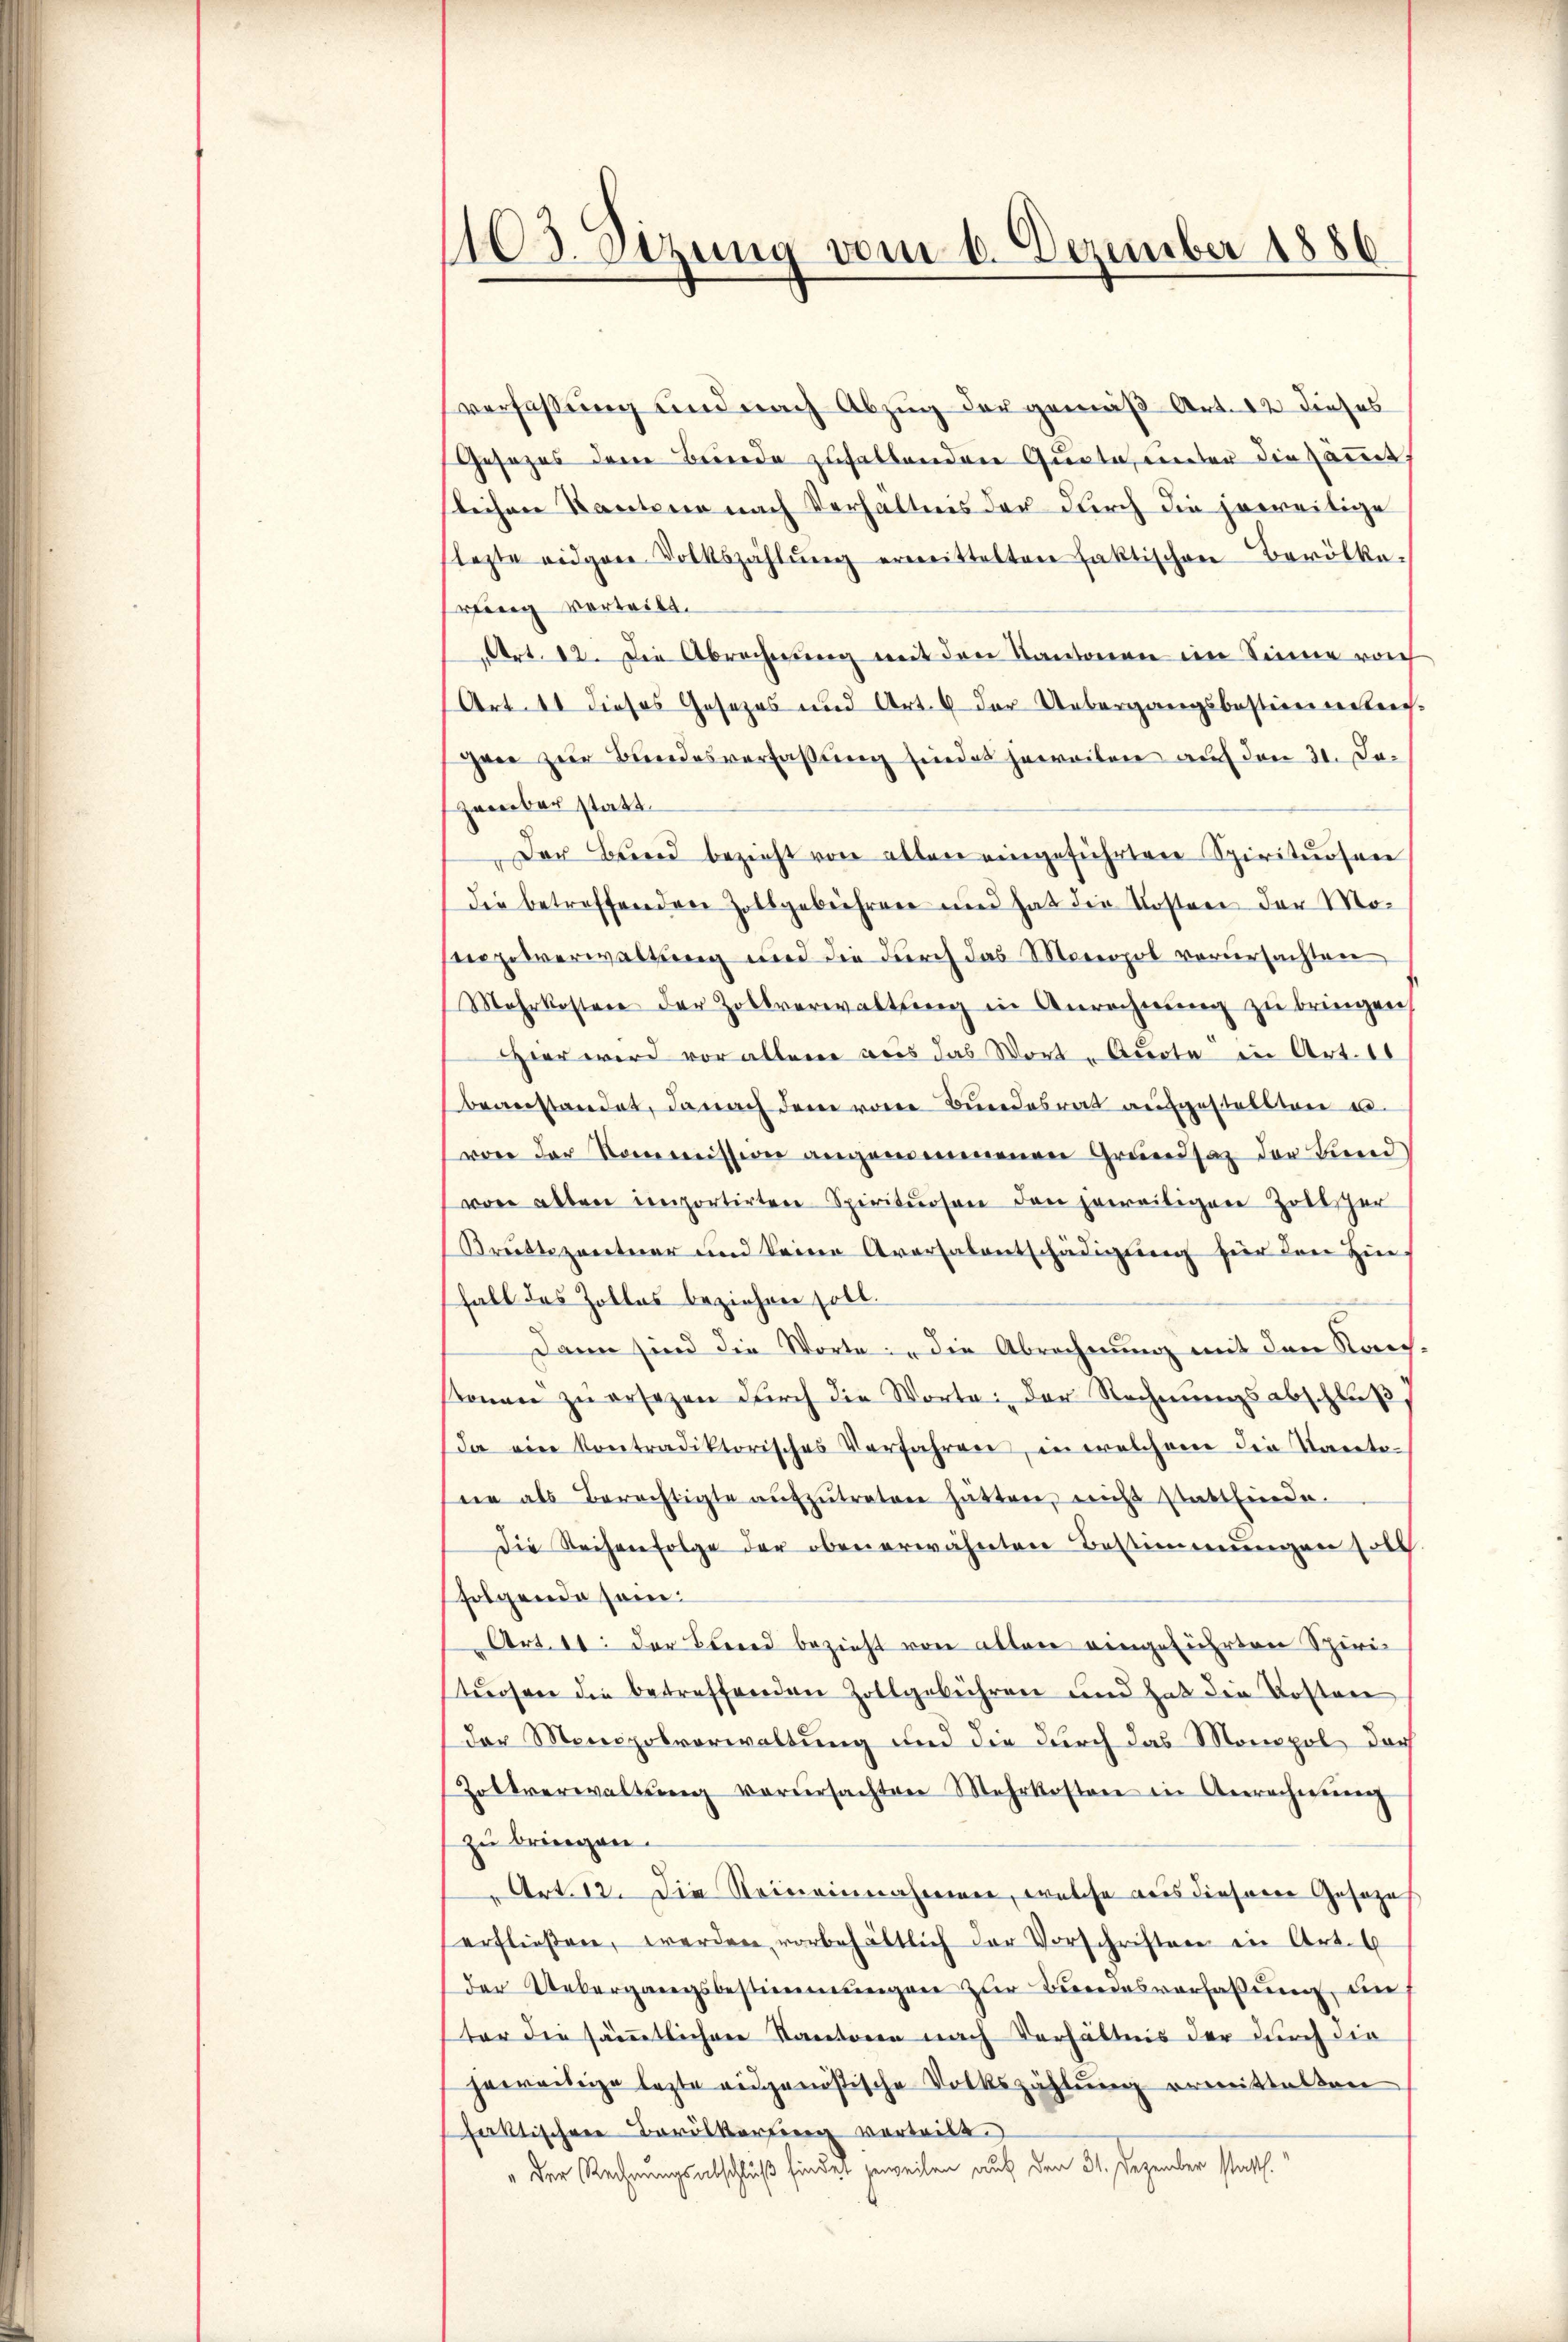
103. Sizung vom 1. Dezember 1886

verfaßung und nach Abzug der gemäß Art. 12 dieses
Gesezes dem Bruede zufallenden Quote, unter die sämmt,
slichen Kantonen nach Verhältnis der durch die jeweitige
lezte eidgen Volkszählŭng ermittelten faktischen Bevölkeweg vorteilt.
Art. 12. Die Abrechnung mit den Kantonen im Sinne roch
(Art. 11 dieses Gesezes und Art. 6 der Uebergangsbestionensteig
Heer zur Bundesverfassung sindet jeweilen auf den 31. Dezeerber statt.
Der Bund bezieht von alten eingeführten Spirituosen
die betreffenden Zollgebührere und hat die Kosten der Mosezesverwaltung und die durch das Monopol verursachten
Mehrkosten der Zollverwaltŭng in Anrechnŭng zu bringen
Hier wird vor allene aus das Worte Quote in Art. 11
beanstandet, danach dem von Bundesrat aufgestellten e
von der Kommission angenommenen Grundsaz der Bund
von alten importirten Spirituosen den jeweiligen Zollscher
Brüttezantier und keine Aversalentschädigŭng hier den Hin
fall des Zollos beziehen soll.
Dann sind die Worte: „die Abrechnung mit den Kan
sonen zŭ ersezen dŭrch die Worte: der Rechnungsabschluß,
da eine kontradiktorisches Verfahren, in welchene die Kanto-
nie als Berechtigte aŭfzŭtreten hätten, nicht stattfinde.
Die Reihenfolge der oben erwähnten Bestimmungen solch
folgende sein:
Art. 11: der Brend bezieht von alten eingeführten Spiri-
tuosen die betreffenden Zollgebühren und hat die Kostere
der Monopolverwaltung und die durch das Monopol darf
Zoltverwaltŭng verŭrsachten Mehrkosten in Gerechnung
zu bringen.
Art. 12. Die Reineinnahmenen, welche aus diesem Geseze
erfließen, werden vorbehältlich der Vorschriften in Art. 6
der Uebergangsbestimmungen zur Bundesverfaßung un
ter die sämmtlichen Kantonen nach Verhältnis der durch die
jeweibrige lezte eidgenössische Volkszählung ermittelten
faktischen Bevölkerung vortritt.
" Der Rechnungsabschluß findet jeweilen auf den 31. Dezember statth.